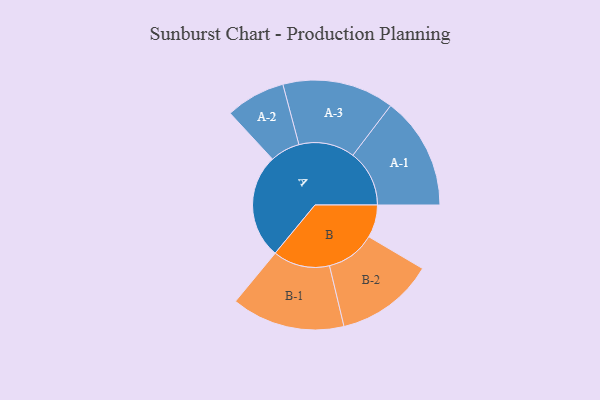
{"axis": {"x": "Segment", "y": "Value"}, "legend": ["", "A", "B"], "data": [{"x": "A", "y": 361, "type": ""}, {"x": "B", "y": 113, "type": ""}, {"x": "A-1", "y": 195, "type": "A"}, {"x": "A-2", "y": 103, "type": "A"}, {"x": "A-3", "y": 193, "type": "A"}, {"x": "B-1", "y": 196, "type": "B"}, {"x": "B-2", "y": 170, "type": "B"}]}